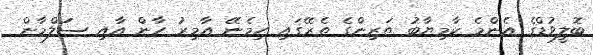
ބޮލީވުޑްގެ އެންމެ ކާމިޔާބު ތަރިންގެ ތެރޭގައި ހިމެނޭ އާމިރު ހާން އާއި ސަަލްމާން